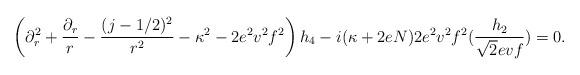
LaTeX: \begin{align*}\left(\partial_r^2 +{\partial_r\over r}-{(j-1/2)^2\over r^2}-\kappa^2 -2e^2v^2f^2\right) h_4-i(\kappa+2eN)2e^2v^2f^2({h_2\over \sqrt{2}evf}) =0. \end{align*}